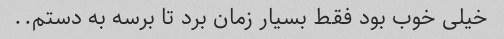
خیلی خوب بود فقط بسیار زمان برد تا برسه به دستم..